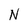
Character: N